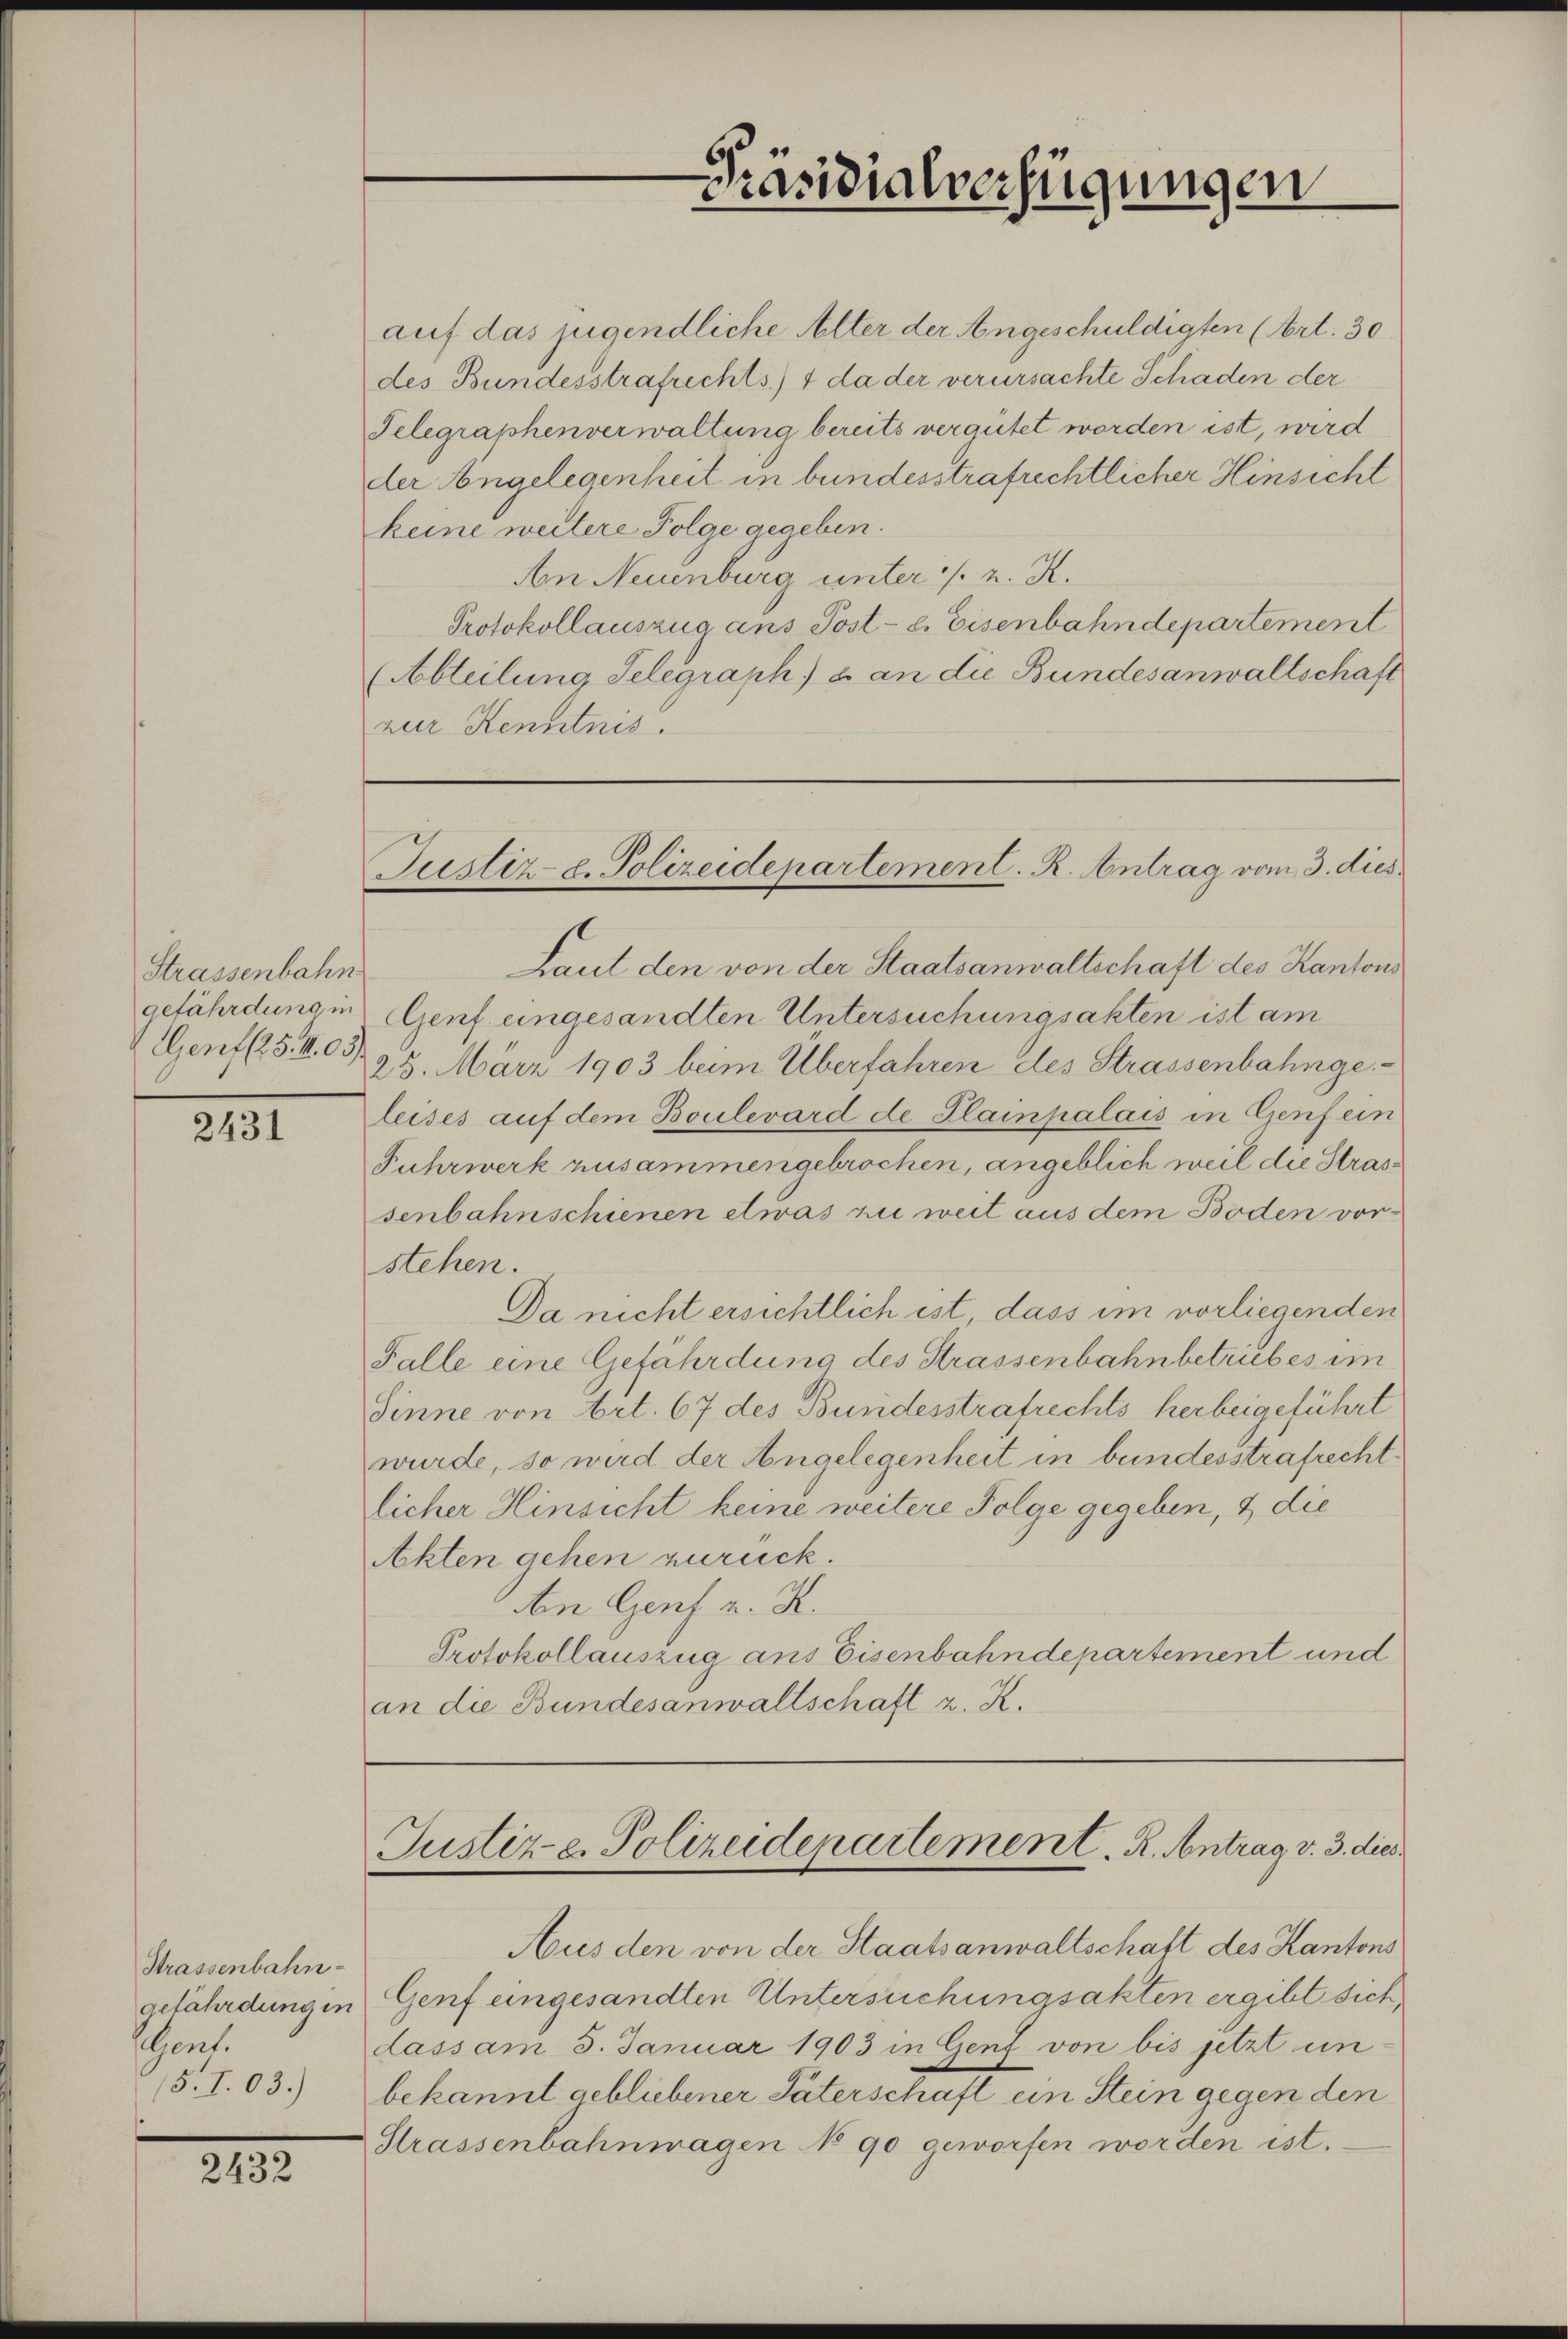
Strassenbahn
gefährdung in
Genf (25. M. 03).

2431

Strassenbahn-
gefährdung in
sent.

2432

Präsidialverfügungen
.

auf das jugendliche Alter der Angeschuldigten (Art. 30
des Bundesstrafrechts) + da der verursachte Schaden der
Telegraphenverwaltung bereits vergütet worden ist, wird
der Angelegenheit in bundesstrafrechtlicher Hinsicht
keine weitere Folge gegeben.
An Neuenburg unter /: u. K.
Protokollauszug ans Post- e. Eisenbahndepartement
(Abteilung Selegraph & an die Bundesanwaltschaft
zur Kenntnis.

Justiz- u. Polizeidepartement. R. Antrag vom 3. dies

Laut den von der Staatsanwaltschaft des Kantons
Genf eingesandten Untersuchungsakten ist am
25. März 1903 beim Überfahren des Strassenbahngeleises auf dem Boulevard de Plainpalais in Genf ein
Fuhrwerk zusammengebrochen, angeblich weil die Strassenbahnschienen etwas zu weit aus dem Boden vorstehen.
Da nicht ersichtlich ist, dass im vorliegenden
Falle eine Gefährdung des Strassenbahnbetriebes im
Sinne von Art. 67 des Bundesstrafrechts herbeigeführt
wurde, so wird der Angelegenheit in bundesstrafrechtlicher Hinsicht keine weitere Folge gegeben, & die
Akten gehen zurück
An Gent u. K.
Protokollauszug aus Eisenbahndepartement und
an die Bundesanwaltschaft z. K.

Justize. Polizeidepartement. R. Antrag v. 3. dies

Aus den von der Staatsanwaltschaft des Kantons
Genf eingesandten Untersuchungsakten ergibt sich,
dass am 5. Januar 1903 in Genf von bis jetzt un¬
(5.I.03.) bekannt gebliebener Paterschaft ein Stein gegen den
Strassenbahnmagen No 90 geworfen worden ist.